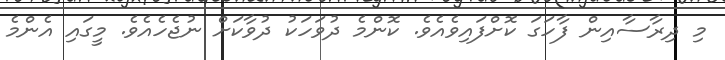
މި ދިރާސާއިން ފާހަގަ ކޮށްފައިވެއެވެ. ކޮންމެ ދުވަހަކު ދުވާކަށް ނުޖެހެއެވެ. މީގައި އެންމެ